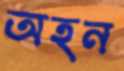
অহন